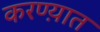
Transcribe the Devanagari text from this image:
करण्य़ात